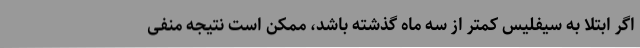
اگر ابتلا به سیفلیس کمتر از سه ماه گذشته باشد، ممکن است نتیجهٔ منفی